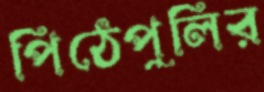
পিঠেপুলির